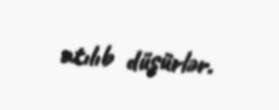
atılıb düşürlər.